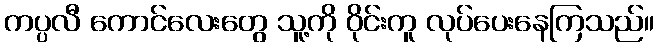
ကပ္ပလီ ကောင်လေးတွေ သူ့ကို ဝိုင်းကူ လုပ်ပေးနေကြသည်။